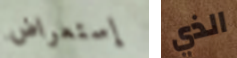
إستعراض الذي